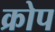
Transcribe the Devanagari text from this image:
क्रोप